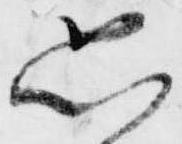
恐